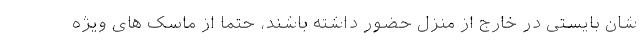
شان بایستی در خارج از منزل حضور داشته باشند، حتما از ماسک های ویژه